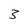
Character: 3